Medical and sanitary report of the native army of Bengal for the year
Year: 1878
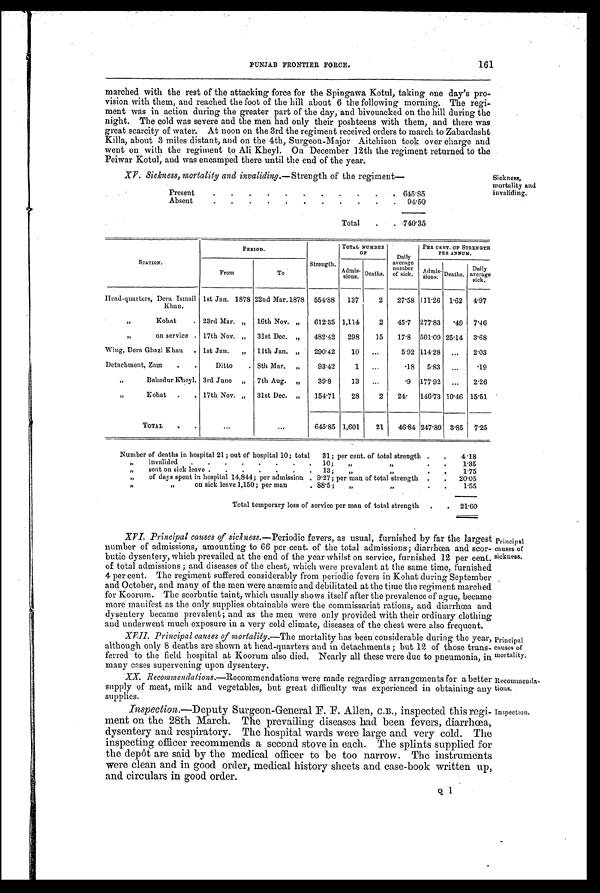
PUNJAB FRONTIER FORCE.
161
marched with the rest of the attacking force for the Spingawa Kotul, taking one day's pro-
vision with them, and reached the foot of the hill about 6 the following morning. The regi-
ment was in action during the greater part of the day, and bivouacked on the hill during the
night. The cold was severe and the men had only their poshteens with them, and there was
great scarcity of water. At noon on the 3rd the regiment received orders to march to Zabardasht
Killa, about 3 miles distant, and on the 4th, Surgeon-Major Aitchison took over charge and
went on with the regiment to Ali Kheyl. On December 12th the regiment returned to the
Peiwar Kotul, and was encamped there until the end of the year.
Sickness,
mortality and
invaliding.
XV. Sickness, mortality and invaliding. —Strength of the regiment—
Present
.
.
.
.
.
.
.
.
.
.
. 645.85
Absent
.
.
.
.
.
.
.
.
.
.
.
94.50
Total
.
. 7 4 0 . 3 5
STATION.
PERIOD.
Strength.
TOTAL NUMBER
OF
Daily
average
number
of sick.
PER CENT. OF STRENGTH
PER ANNUM.
From
To
Admis-
sions.
Deaths.
Admis-
sions. Deaths.
Daily
average
sick.
Head-quarters, Dera Ismail
Khan.
1st Jan. 1878 22nd Mar.1878 554.88
137
2
27.58 111.26 1.62 4.97
,, Kohat .
23rd Mar. „ 16th Nov. „
612.35 1,114
2
45.7 277.83
.49 7.46
,, on service . 17th Nov. „ 31st Dec. „
482.42
298
15
17.8 501.09 25.14 3.68
Wing, Dera Ghazi Khan . 1st Jan.
„ 11th Jan. „
290.42
10
...
5.92 114.28 ...
2.03
Detachment, Zam
.
.
Ditto
. 8th Mar. „
93.42
1
...
.18
5.83 ...
.19
,, Bahadur Kheyl. 3rd June „ 7th Aug. „
39.8
13
...
. 9
177.92 ...
2.26
,,
Kohat .
. 17th Nov. ,, 31st Dec. ,,
154.71
28
2
2 4 .
146.73 10.46 15.51
TOTAL
.
.
...
. . .
645.85 1,601
21
46.84 247.89 3.85 7.25
Number of deaths in hospital 21; out of hospital 10; total
31; per cent. of total strength .
.
4.18
„
invalided
.
.
.
.
.
.
.
. 10;
„
, ,
.
.
1.35
„
sent on sick leave .
.
.
.
.
.
. 13;
„
, ,
.
.
1.75
„
of days spent in hospital 14,844; per admission . 9.27; per man of total strength .
.
20.05
, ,
, ,
o n s i c k l e a v e 1 , 1 5 0 ; p e r m a n
. 88.5;
„
, , .
.
1.55
Total temporary loss of service per man of total strength
.
. 21.60
Principal
causes of
sickness.
XVI. Principal causes of sickness.— P e r i o d i c f e v e r s , a s u s u a l , f u r n i s h e d b y f a r t h e l a r g e s t
number of admissions, amounting to 66 per cent. of the total admissions; diarrhœa and scor-
butic dysentery, which prevailed at the end of the year whilst on service, furnished 12 per cent.
of total admissions ; and diseases of the chest, which were prevalent at the same time, furnished
4 per cent. The regiment suffered considerably from periodic fevers in Kohat during September
and October, and many of the men were anæmic and debilitated at the time the regiment marched
for Koorum. The scorbutic taint, which usually shows itself after the prevalence of ague, became
more manifest as the only supplies obtainable were the commissariat rations, and diarrhœa and
dysentery became prevalent ; and as the men were only provided with their ordinary clothing
and underwent much exposure in a very cold climate, diseases of the chest were also frequent.
Principal
causes of
mortality.
XVII. Principal causes of mortality. — T h e m o r t a l i t y h a s b e e n c o n s i d e r a b l e d u r i n g t h e y e a r ,
although only 8 deaths are shown at head-quarters and in detachments ; but 12 of those trans-
ferred to the field hospital at Koorum also died. Nearly all these were due to pneumonia, in
many cases supervening upon dysentery.
Recommenda
-tions.
XX. Recommendations.— R e c o m m e n d a t i o n s w e r e m a d e r e g a r d i n g a r r a n g e m e n t s f o r a b e t t e r
supply of meat, milk and vegetables, but great difficulty was experienced in obtaining any
supplies.
Inspection.
Inspection.—Deputy Surgeon-General F. F. Allen, C.B., inspected this regi-
ment on the 28th March. The prevailing diseases had been fevers, diarrhœa,
dysentery and respiratory. The hospital wards were large and very cold. The
inspecting officer recommends a second stove in each. The splints supplied for
the depôt are said by the medical officer to be too narrow. The instruments
were clean and in good order, medical history sheets and case-book written up,
and circulars in good order.
Q
1